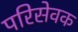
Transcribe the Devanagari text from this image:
परिसेवक